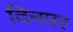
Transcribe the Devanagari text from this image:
दिनपर